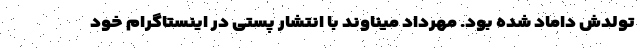
تولدش داماد شده بود. مهرداد میناوند با انتشار پستی در اینستاگرام خود